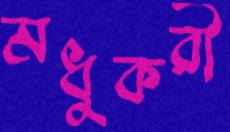
মধুকরী